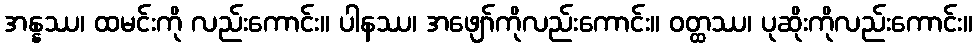
အန္နဿ၊ ထမင်းကို လည်းကောင်း။ ပါနဿ၊ အဖျော်ကိုလည်းကောင်း။ ဝတ္ထဿ၊ ပုဆိုးကိုလည်းကောင်း။